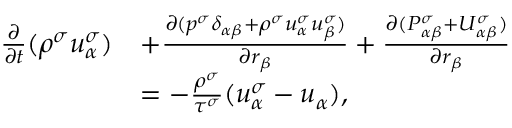
\begin{array} { r } { \begin{array} { r l } { \frac { \partial } { \partial t } ( \rho ^ { \sigma } u _ { \alpha } ^ { \sigma } ) } & { + \frac { \partial ( p ^ { \sigma } \delta _ { \alpha \beta } + \rho ^ { \sigma } u _ { \alpha } ^ { \sigma } u _ { \beta } ^ { \sigma } ) } { \partial r _ { \beta } } + \frac { \partial ( P _ { \alpha \beta } ^ { \sigma } + U _ { \alpha \beta } ^ { \sigma } ) } { \partial r _ { \beta } } } \\ & { = - \frac { \rho ^ { \sigma } } { \tau ^ { \sigma } } ( u _ { \alpha } ^ { \sigma } - u _ { \alpha } ) , } \end{array} } \end{array}